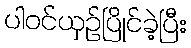
ပါဝင်ယှဉ်ပြိုင်ခဲ့ပြီး